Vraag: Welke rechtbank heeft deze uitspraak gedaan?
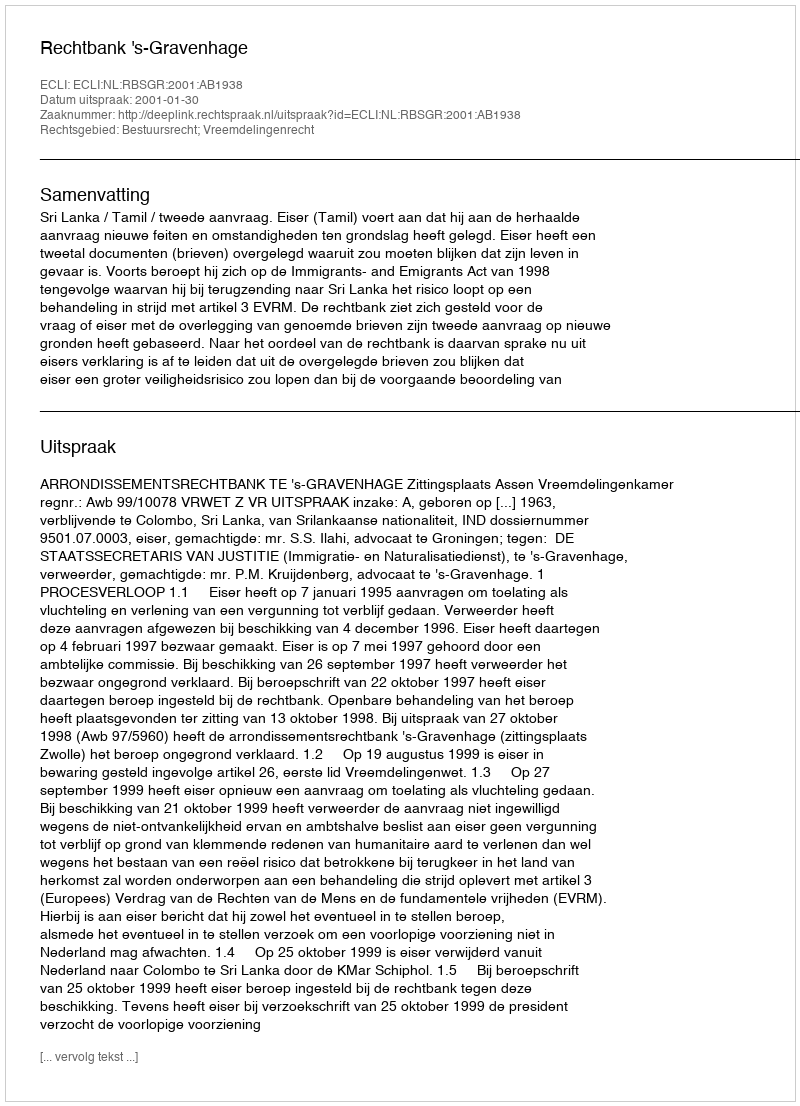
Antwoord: Rechtbank 's-Gravenhage